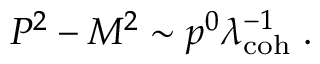
P ^ { 2 } - M ^ { 2 } \sim p ^ { 0 } \lambda _ { \mathrm { c o h } } ^ { - 1 } \; .